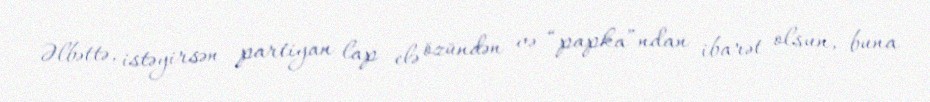
Əlbəttə, istəyirsən partiyan lap elə özündən və “papka”ndan ibarət olsun, buna